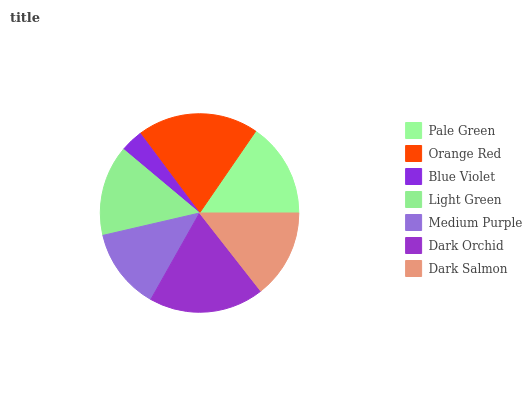
| Pale Green | Orange Red | Blue Violet | Light Green | Medium Purple | Dark Orchid | Dark Salmon |
 | --- | --- | --- | --- | --- | --- | --- |
 | 15.4% | 19.7% | 3.72% | 14.7% | 13.2% | 18.8% | 14.4% |